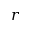
\boldsymbol { r }